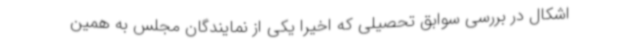
اشکال در بررسی سوابق تحصیلی که اخیرا یکی از نمایندگان مجلس به همین